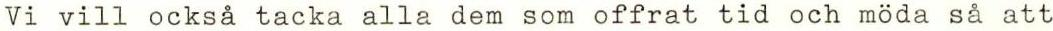
Vi vill också tacka alla dem som offrat tid och möda så att